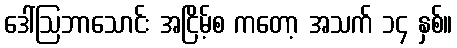
ဒေါ်ဩဘာသောင်း အငြိမ့်စ ကတော့ အသက် ၁၄ နှစ်။